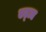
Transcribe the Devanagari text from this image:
एट्ज़